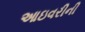
આઇવરીની